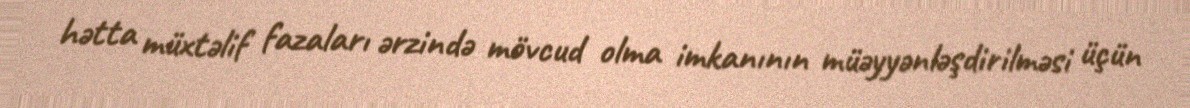
hətta müxtəlif fazaları ərzində mövcud olma imkanının müəyyənləşdirilməsi üçün